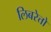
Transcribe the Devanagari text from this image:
लिबरेत्तो